Source: Handwritten
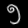
Digit: ၅ (5)